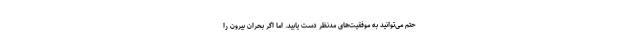
حتم می‌توانید به موفقیت‌های مدنظر دست یابید. اما اگر بحران بیرون را